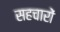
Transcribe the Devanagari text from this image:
सहचारों